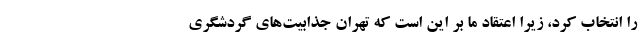
را انتخاب کرد، زیرا اعتقاد ما بر این است که تهران جذابیت‌های گردشگری